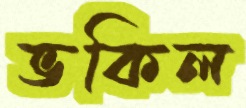
ভকিল